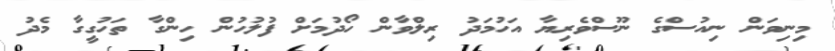
މިނިވަން ނިއުސްގެ ނޫސްވެރިޔާ އަހުމަދު ރިލްވާން ހޯދުމަށް ފުލުހުން ހިންގާ ތަހުގީގާ މެދު